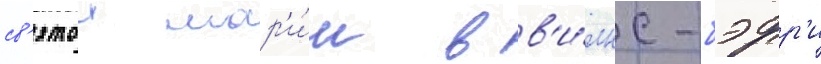
св'ятои мар'и́и в в'и́лкс-бэрр'и